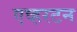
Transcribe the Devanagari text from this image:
एव्हरटन